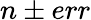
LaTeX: n\pm err